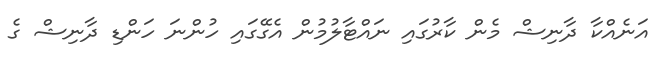
އަނެއްކާ ދާނިޝް މެން ކާރުގައި ނައްޓާލުމުން އެގޭގައި ހުންނަ ހަންޑި ދާނިޝް ގެ